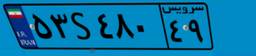
۱۷S۶۶۶۶۹